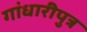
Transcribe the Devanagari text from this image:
गांधारीपुत्र